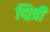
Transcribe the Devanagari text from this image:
द्मित्री